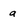
Character: a